Code of medical and sanitary regulations for the guidance of medical officers serving in the Madras Presidency - Volume II
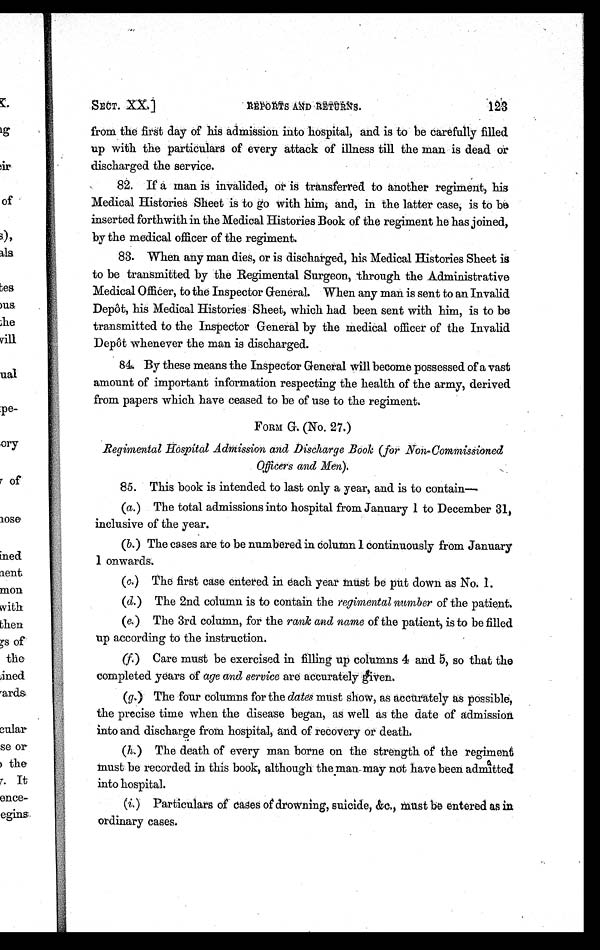
SECT. XX.]
REPORTS AND RETURNS. 1 2 3
from the first day of his admission into hospital, and is to be carefully filled
up with the particulars of every attack of illness till the man is dead or
discharged the service.
82. If a man is invalided, or is transferred to another regiment, his
Medical Histories Sheet is to go with him, and, in the latter case, is to be
inserted forthwith in the Medical Histories Book of the regiment he has joined,
by the medical officer of the regiment.
83. When any man dies, or is discharged, his Medical Histories Sheet is
to be transmitted by the Regimental Surgeon, through the Administrative
Medical Officer, to the Inspector General. When any man is sent to an Invalid
Depôt, his Medical Histories Sheet, which had been sent with him, is to be
transmitted to the Inspector General by the medical officer of the Invalid
Depôt whenever the man is discharged.
84. By these means the Inspector General will become possessed of a vast
amount of important information respecting the health of the army, derived
from papers which have ceased to be of use to the regiment.
FORM G. (No. 27.)
Regimental Hospital Admission and Discharge Book (for Non-Commissioned
Officers and Men).
85. This book is intended to last only a year, and is to contain—
(a) The total admissions into hospital from January 1 to December 31,
inclusive of the year.
(b) The cases are to be numbered in Column 1 continuously from January
1 onwards.
(c)The first case entered in each year must be put down as No. 1.
(d) The 2nd column is to contain the regimental number of the patient.
(e) The 3rd column, for the rank and name of the patient, is to be filled
up according to the instruction.
(f) Care must be exercised in filling up columns 4 and 5, so that the
completed years of age and service are accurately given
.
(g) The four columns for the dates must show, as accurately as possible,
the precise time when the disease began, as well as the date of admission
into and discharge from hospital, and of recovery or death.
(h) The death of every man borne on the strength of the regiment
must be recorded in this book, although the man may not have been admitted
into hospital.
(i)Particulars of cases of drowning, suicide, &c., must be entered as in
ordinary cases.